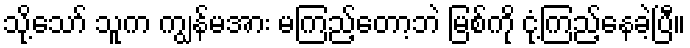
သို့သော် သူက ကျွန်မအား မကြည့်တော့ဘဲ မြစ်ကို ငုံ့ကြည့်နေခဲ့ပြီ။